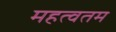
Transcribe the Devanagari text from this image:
महत्वतम